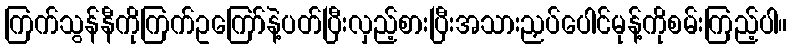
ကြက်သွန်နီကိုကြက်ဥကြော်နဲ့ပတ်ပြီးလှည့်စားပြီးအသားညှပ်ပေါင်မုန့်ကိုစမ်းကြည့်ပါ။